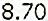
8.70